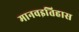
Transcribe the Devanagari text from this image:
मानवइतिहास